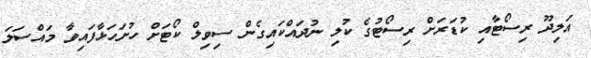
އަލިދޫ ރިސޯޓާއި ކުޑަރަށް ރިސޯޓުގެ ކުލި ނުދައްކައިގެން ސިވިލް ކޯޓަށް ހުށަހަޅާފައިވާ މައްސަލަ